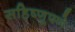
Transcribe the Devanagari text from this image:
सहिष्णूपणे